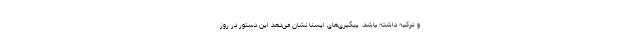
و ترکیه داشته باشد. پیگیری‌های ایسنا نشان می‌دهد این دستور در روز